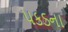
પકડના